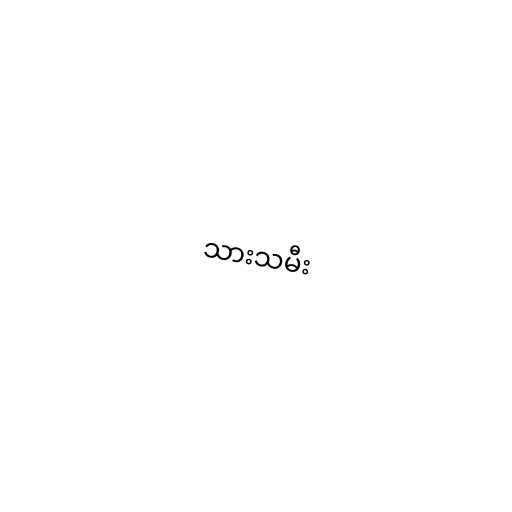
သားသမီး